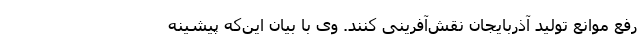
رفع موانع تولید آذربایجان‌ نقش‌آفرینی کنند. وی با بیان این‌که پیشینه